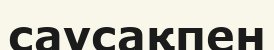
саусақпен